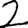
Digit: 2